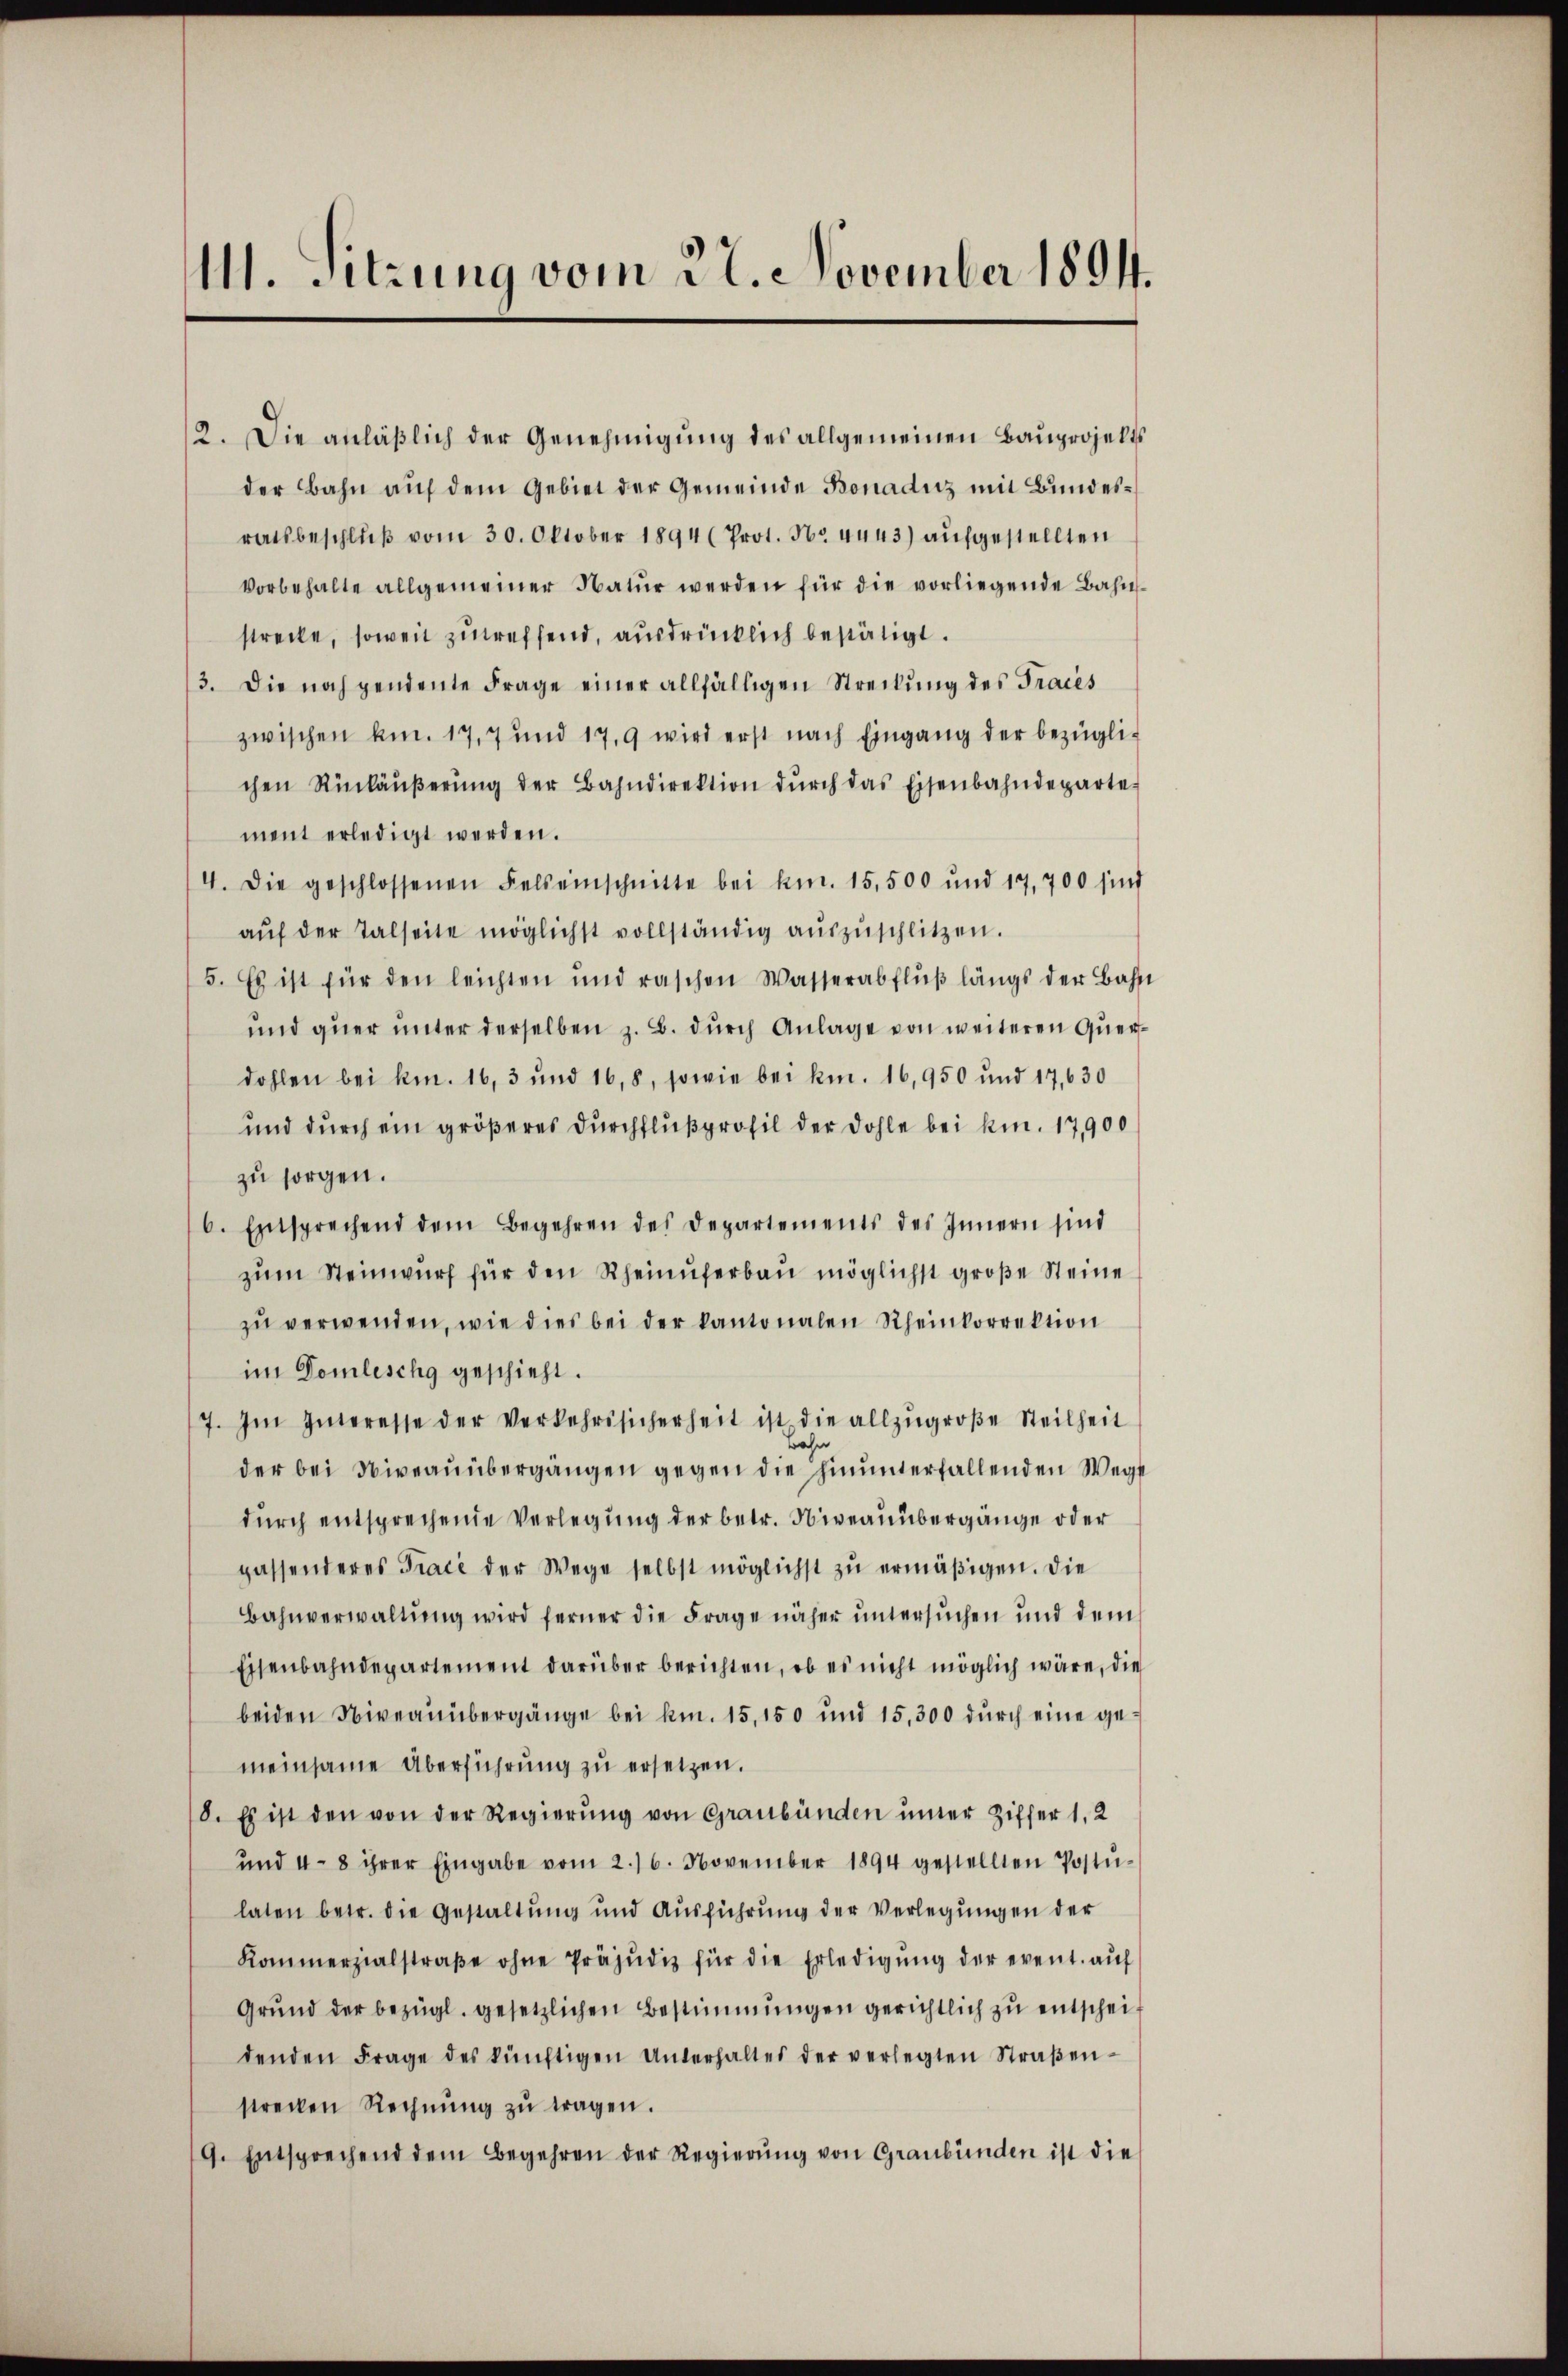
M. Sitzung vom 22. November 1894.

2. Die anläßlich der Genehmigung des allgemeinen Bauprojelts
der Bahn auf dem Gebiet der Gemeinde Bonaduz mit Bundesratsbeschluß vom 30. Oktober 1894 (Prot. No. 4443) aufgestellten
vorbehalte allgemeiner Natŭr werden für die vorliegende Bahn-
strecke, soweit zutreffend, ausdrücklich bestätigt.
3. Die noch pendente Frage einer allfälligen Streitung des Fracés
zwischen kn. 17,7 und 17.9 wird erst nach Eingang der bezüglic
chen Rückäŭβerŭng der Bahndirektion dŭrch das Eisenbahndeparte
ment erledigt werden.
4. Die geschlossenen Felseinschnitte bei kn. 15,500 und 17,700 sind
aŭf der Talseite möglichst vollständig aŭszŭschlitzen.
5. Es ist für den leichten und raschen Wasserabflŭβ längs der Bahn
und quer unter derselben z. B. durch Anlage von weiteren Querdohlen bei kn. 16, 3 und 168, sowie bei kn. 16,950 und 17,630
und durch ein größeres Durchflußprofil der Dohle bei kn. 17,900
zu sorgen.
6. Entsprechend dem Begehren des Departements des Innern sind
zŭm Steinwurf für den Rheinuferbau möglichst große Steine
zu verwenden, wie dies bei der kantonalen Rheinkorrektion
im Domlischg geschieht.
7. Im Interesse der Verkehrssicherheit ist die allzŭgroβe Steilheit
wahn
der bei Niveaŭübergängen gegen die hinunterfallenden Wege
durch entsprechende Verlegung der betr. Niveauübergänge oder
passenderes Trace der Wege selbst möglichst zu ermäßigen. Die
Bahnverwaltŭng wird ferner die Frage näher untersŭchen und dem
Eisenbahndepartement darüber berichten, ob es nicht möglich wäre, die
beiden Niveauübergänge bei kn. 15, 150 und 15,300 dŭrch eine gemeinsame Überführung zu ersetzen.
8. Es ist den von der Regierŭng von Graubünden unter Ziffer 1. 2
und 48 ihrer Eingabe vom 2./6. November 1894 gestellten Postu-
laten betr. die Gestaltung und Ausführung der Verlegungen der
Kommerzialstraβe ohne Präjudiz für die Erledigŭng der event. aŭf
Grŭnd der bezügl. gesetzlichen Bestimmungen gerichtlich zŭ entscheif
denden Frage des künftigen Unterhaltes der verlegten Straβen-
strecken Rechnŭng zŭ tragen.
9. Entsprechend dem Begehren der Regierŭng von Graubünden ist die